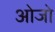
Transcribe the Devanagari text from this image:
ओजो